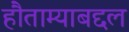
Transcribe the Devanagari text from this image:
हौताम्याबद्दल